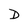
Character: D